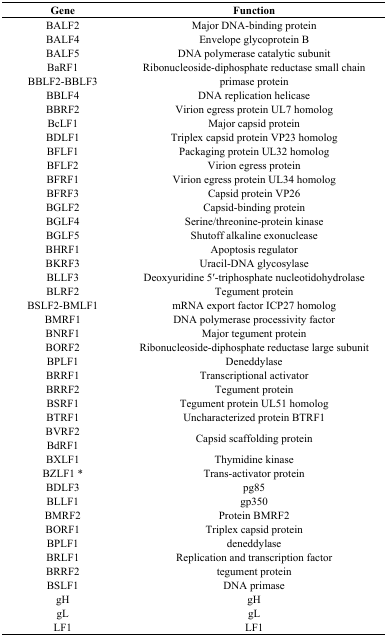
| Gene | Function |
 | --- | --- |
 | BALF2 | Major DNA-binding protein |
 | BALF4 | Envelope glycoprotein B |
 | BALF5 | DNA polymerase catalytic subunit |
 | BaRF1 | Ribonucleoside-diphosphate reductase small chain |
 | BBLF2-BBLF3 | primase protein |
 | BBLF4 | DNA replication helicase |
 | BBRF2 | Virion egress protein UL7 homolog |
 | BcLF1 | Major capsid protein |
 | BDLF1 | Triplex capsid protein VP23 homolog |
 | BFLF1 | Packaging protein UL32 homolog |
 | BFLF2 | Virion egress protein |
 | BFRF1 | Virion egress protein UL34 homolog |
 | BFRF3 | Capsid protein VP26 |
 | BGLF2 | Capsid-binding protein |
 | BGLF4 | Serine/threonine-protein kinase |
 | BGLF5 | Shutoff alkaline exonuclease |
 | BHRF1 | Apoptosis regulator |
 | BKRF3 | Uracil-DNA glycosylase |
 | BLLF3 | Deoxyuridine 5′-triphosphate nucleotidohydrolase |
 | BLRF2 | Tegument protein |
 | BSLF2-BMLF1 | mRNA export factor ICP27 homolog |
 | BMRF1 | DNA polymerase processivity factor |
 | BNRF1 | Major tegument protein |
 | BORF2 | Ribonucleoside-diphosphate reductase large subunit |
 | BPLF1 | Deneddylase |
 | BRRF1 | Transcriptional activator |
 | BRRF2 | Tegument protein |
 | BSRF1 | Tegument protein UL51 homolog |
 | BTRF1 | Uncharacterized protein BTRF1 |
 | BVRF2 | <ROWSPAN=2> Capsid scaffolding protein |
 | BdRF1 |
 | BXLF1 | Thymidine kinase |
 | BZLF1 * | Trans-activator protein |
 | BDLF3 | pg85 |
 | BLLF1 | gp350 |
 | BMRF2 | Protein BMRF2 |
 | BORF1 | Triplex capsid protein |
 | BPLF1 | deneddylase |
 | BRLF1 | Replication and transcription factor |
 | BRRF2 | tegument protein |
 | BSLF1 | DNA primase |
 | gH | gH |
 | gL | gL |
 | LF1 | LF1 |